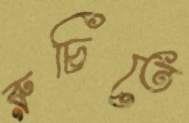
রুচিতে